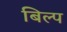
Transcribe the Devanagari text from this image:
बिल्प